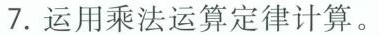
7.运用乘法运算定律计算。